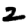
Digit: 2